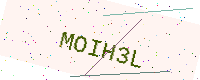
Text: MOIH3L